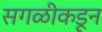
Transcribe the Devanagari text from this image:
सगळीकडून